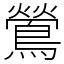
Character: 鶯